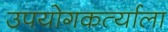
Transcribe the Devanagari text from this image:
उपयोगकर्त्याला